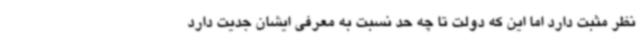
نظر مثبت دارد اما این که دولت تا چه حد نسبت به معرفی ایشان جدیت دارد